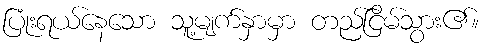
ပြုံးရယ်နေသော သူ့မျက်နှာမှာ တည်ငြိမ်သွား၏။